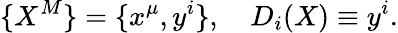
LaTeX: \{ X^{M}\} =\{ x^{\mu},y^{i}\} ,\quad D_{i}(X)\equiv y^{i}.